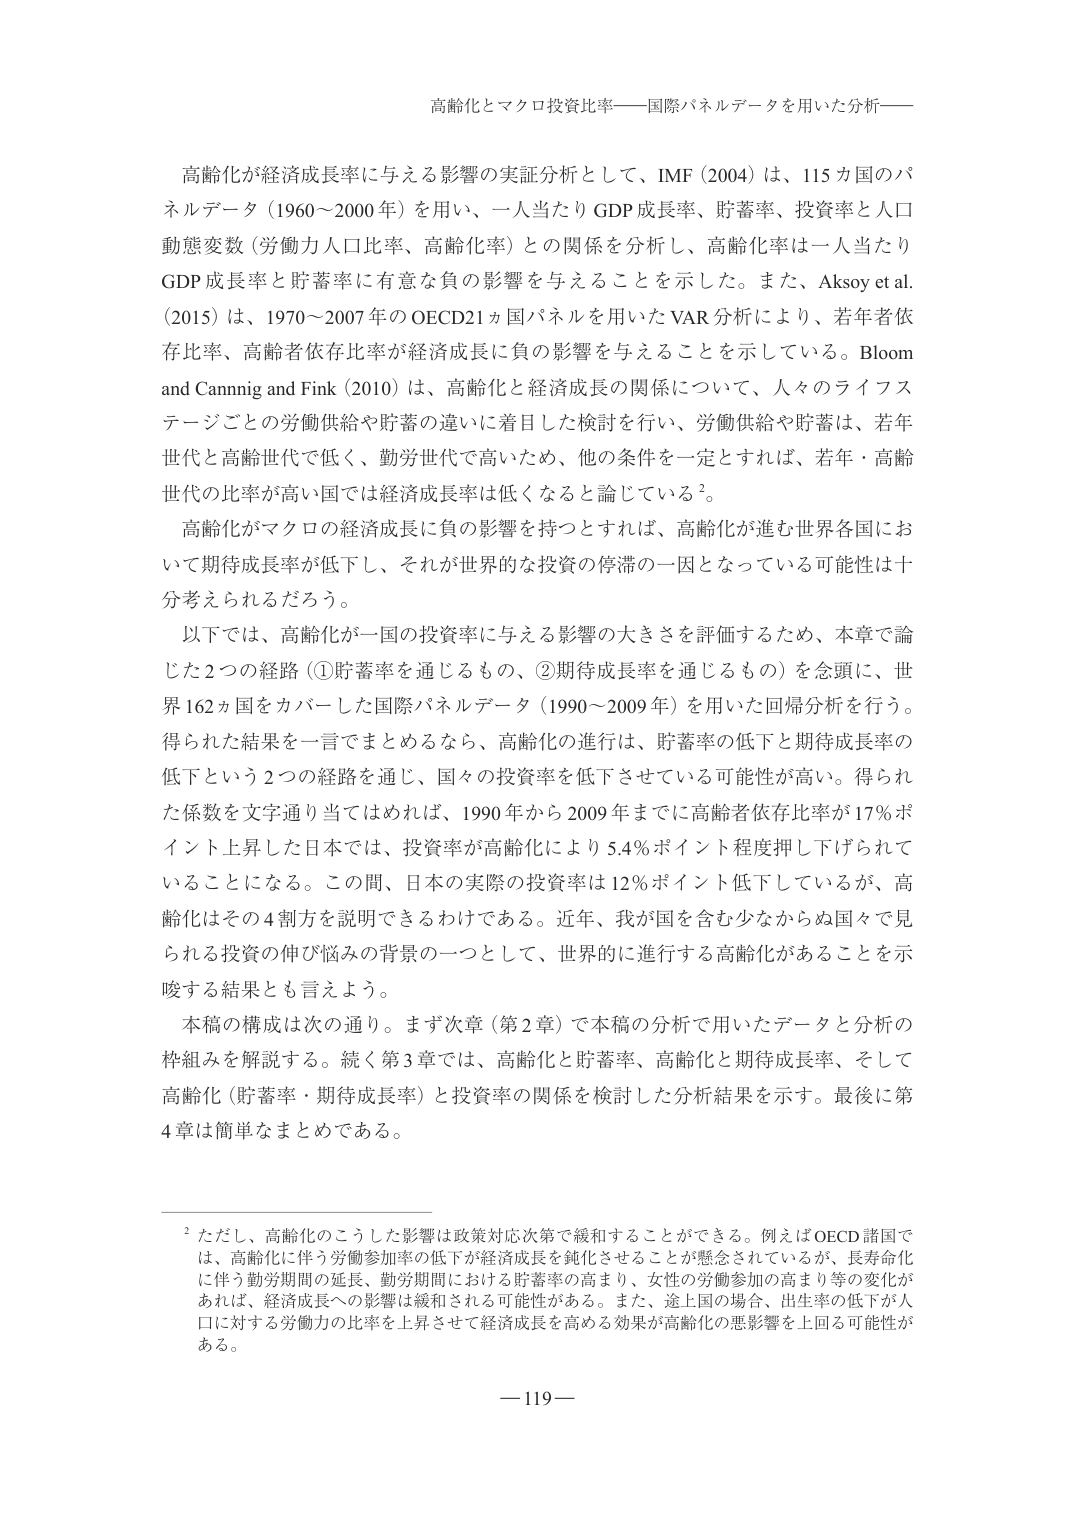
高齢化とマクロ投資比率——国際パネルデータを用いた分析——

高齢化が経済成長率に与える影響の実証分析として、IMF（2004）は、115カ国のパネルデータ（1960～2000年）を用い、一人当たりGDP成長率、貯蓄率、投資率と人口動態変数（労働力人口比率、高齢化率）との関係を分析し、高齢化率は一人当たりGDP成長率と貯蓄率に有意な負の影響を与えることを示した。また、Aksoy et al.（2015）は、1970～2007年のOECD21カ国パネルを用いたVAR分析により、若年者依存比率、高齢者依存比率が経済成長に負の影響を与えることを示している。Bloom and Cannig and Fink（2010）は、高齢化と経済成長の関係について、人々のライフステージごとの労働供給や貯蓄の違いに着目した検討を行い、労働供給や貯蓄は、若年世代と高齢世代で低く、勤労世代で高いため、他の条件を一定とすれば、若年・高齢世代の比率が高い国では経済成長率は低くなると論じている²。

高齢化がマクロの経済成長に負の影響を持つとすれば、高齢化が進む世界各国において期待成長率が低下し、それが世界的な投資の停滞の一因となっている可能性は十分考えられるだろう。

以下では、高齢化が一国の投資率に与える影響の大きさを評価するため、本章で論じた2つの経路（①貯蓄率を通じるもの、②期待成長率を通じるもの）を念頭に、世界162ヵ国をカバーした国際パネルデータ（1990～2009年）を用いた回帰分析を行う。得られた結果を一言でまとめるなら、高齢化の進行は、貯蓄率の低下と期待成長率の低下という2つの経路を通じ、国々の投資率を低下させている可能性が高い。得られた係数を文字通り当てはめれば、1990年から2009年までに高齢者依存比率が17％ポイント上昇した日本では、投資率が高齢化により5.4％ポイント程度押し下げられていることになる。この間、日本の実際の投資率は12％ポイント低下しているが、高齢化はその4割方を説明できるわけである。近年、我が国を含む少なからぬ国々で見られる投資の伸び悩みの背景の一つとして、世界的に進行する高齢化があることを示唆する結果とも言えよう。

本稿の構成は次の通り。まず次章（第2章）で本稿の分析で用いたデータと分析の枠組みを解説する。続く第3章では、高齢化と貯蓄率、高齢化と期待成長率、そして高齢化（貯蓄率・期待成長率）と投資率の関係を検討した分析結果を示す。最後に第4章は簡単なまとめである。

² ただし、高齢化のこうした影響は政策対応次第で緩和することができる。例えばOECD諸国では、高齢化に伴う労働参加率の低下が経済成長を鈍化させることが懸念されているが、長寿化化に伴う勤労期間の延長、勤労期間における貯蓄率の高まり、女性の労働参加の高まり等の変化があれば、経済成長への影響は緩和される可能性がある。また、途上国の場合、出生率の低下が人口に対する労働力の比率を上昇させて経済成長を高める効果が高齢化の悪影響を上回る可能性がある。

—119—